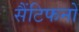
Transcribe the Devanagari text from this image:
सैंटिफनों